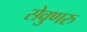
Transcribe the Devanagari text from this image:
सेवुणरु